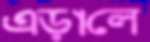
এড়ালে